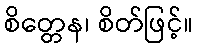
စိတ္တေန၊ စိတ်ဖြင့်။